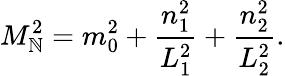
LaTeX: M_{\mathbb{N}}^{2}=m_{0}^{2}+\frac{{n_{1}^{2}}}{{L_{1}^{2}}}+\frac{{n_{2}^{2}}}{{L_{2}^{2}}}.